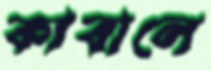
কাবালে